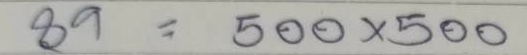
89 = 500x500